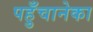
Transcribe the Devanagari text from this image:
पहुँचानेका